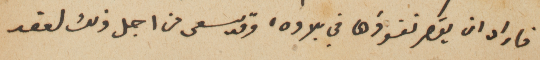
فاراد ان يقصر نفوذها في بلاده، وقد سعى من اجل ذلك لعقد